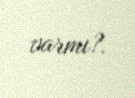
varmı?.